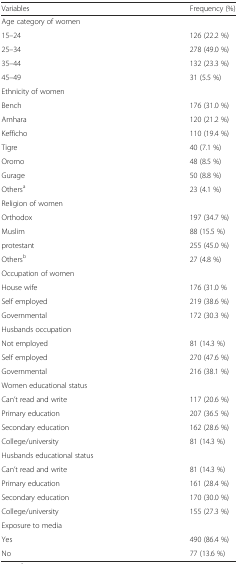
<table><thead><tr><td><b>Variables</b></td><td><b>Frequency (%)</b></td></tr></thead><tbody><tr><td>Age category of women</td><td></td></tr><tr><td>15–24</td><td>126 (22.2 %)</td></tr><tr><td>25–34</td><td>278 (49.0 %)</td></tr><tr><td>35–44</td><td>132 (23.3 %)</td></tr><tr><td>45–49</td><td>31 (5.5 %)</td></tr><tr><td>Ethnicity of women</td><td></td></tr><tr><td>Bench</td><td>176 (31.0 %)</td></tr><tr><td>Amhara</td><td>120 (21.2 %)</td></tr><tr><td>Kefficho</td><td>110 (19.4 %)</td></tr><tr><td>Tigre</td><td>40 (7.1 %)</td></tr><tr><td>Oromo</td><td>48 (8.5 %)</td></tr><tr><td>Gurage</td><td>50 (8.8 %)</td></tr><tr><td>Others<sup>a</sup></td><td>23 (4.1 %)</td></tr><tr><td>Religion of women</td><td></td></tr><tr><td>Orthodox</td><td>197 (34.7 %)</td></tr><tr><td>Muslim</td><td>88 (15.5 %)</td></tr><tr><td>protestant</td><td>255 (45.0 %)</td></tr><tr><td>Others<sup>b</sup></td><td>27 (4.8 %)</td></tr><tr><td>Occupation of women</td><td></td></tr><tr><td>House wife</td><td>176 (31.0 %</td></tr><tr><td>Self employed</td><td>219 (38.6 %)</td></tr><tr><td>Governmental</td><td>172 (30.3 %)</td></tr><tr><td>Husbands occupation</td><td></td></tr><tr><td>Not employed</td><td>81 (14.3 %)</td></tr><tr><td>Self employed</td><td>270 (47.6 %)</td></tr><tr><td>Governmental</td><td>216 (38.1 %)</td></tr><tr><td>Women educational status</td><td></td></tr><tr><td>Can’t read and write</td><td>117 (20.6 %)</td></tr><tr><td>Primary education</td><td>207 (36.5 %)</td></tr><tr><td>Secondary education</td><td>162 (28.6 %)</td></tr><tr><td>College/university</td><td>81 (14.3 %)</td></tr><tr><td>Husbands educational status</td><td></td></tr><tr><td>Can’t read and write</td><td>81 (14.3 %)</td></tr><tr><td>Primary education</td><td>161 (28.4 %)</td></tr><tr><td>Secondary education</td><td>170 (30.0 %)</td></tr><tr><td>College/university</td><td>155 (27.3 %)</td></tr><tr><td>Exposure to media</td><td></td></tr><tr><td>Yes</td><td>490 (86.4 %)</td></tr><tr><td>No</td><td>77 (13.6 %)</td></tr></tbody></table>